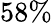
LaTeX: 58\%